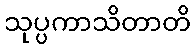
သုပ္ပကာသိတာတိ